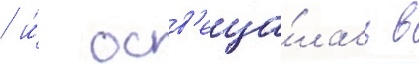
/ и́ осв'еща́лась в